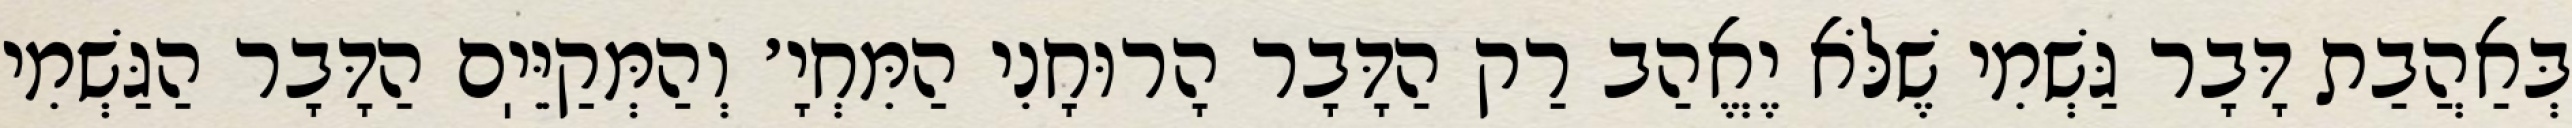
בְּאַהֲבַת דָּבָר גַּשְׁמִי שֶׁלֹּא יֶאֱהַב רַק הַדָּבָר הָרוּחָנִי הַמִּחְיָ׳ וְהַמְּקַיֵּיֽם הַדָּבָר הַגַּשְׁמִי